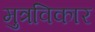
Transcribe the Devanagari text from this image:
मुत्रविकार